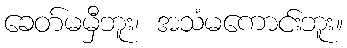
ခေတ်မမှီဘူး၊ အသံမကောင်းဘူး။